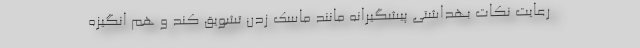
رعایت نکات بهداشتی پیشگیرانه مانند ماسک زدن تشویق کند و هم انگیزه